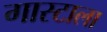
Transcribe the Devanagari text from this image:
गास्टाला